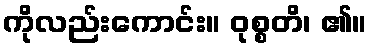
ကိုလည်းကောင်း။ ဝုစ္စတိ၊ ၏။